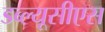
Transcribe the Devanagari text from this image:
डब्ल्यूसीएस